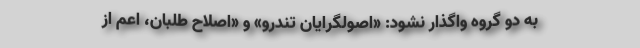
به دو گروه واگذار نشود: «اصولگرایان تندرو» و «اصلاح طلبان، اعم از